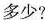
多少?